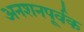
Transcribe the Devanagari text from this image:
अनशनपूर्वक